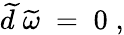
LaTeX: \widetilde{d}\; \widetilde{\omega}\; =\; 0\; ,